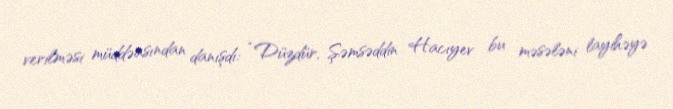
verilməsi müddəasından danışdı: “Düzdür, Şəmsəddin Hacıyev bu məsələni layihəyə